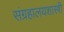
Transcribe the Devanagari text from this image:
संग्रहालयशास्त्री